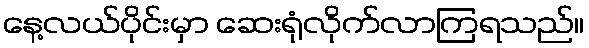
နေ့လယ်ပိုင်းမှာ ဆေးရုံလိုက်လာကြရသည်။